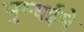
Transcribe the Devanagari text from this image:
मुम्बईमे